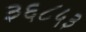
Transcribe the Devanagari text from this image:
३६८५३